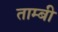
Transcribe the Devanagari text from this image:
ताम्बी